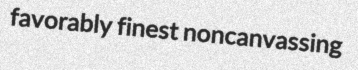
favorably finest noncanvassing